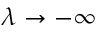
\lambda \to - \infty